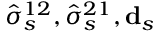
\hat { \sigma } _ { s } ^ { 1 2 } , \hat { \sigma } _ { s } ^ { 2 1 } , \mathbf { d } _ { s }